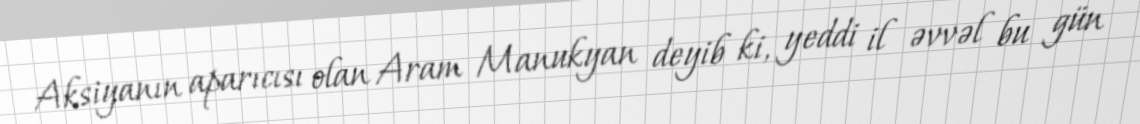
Aksiyanın aparıcısı olan Aram Manukyan deyib ki, yeddi il əvvəl bu gün